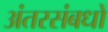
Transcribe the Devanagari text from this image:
अंतरसंबधों